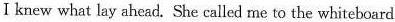
I knew what lay ahed. She called me to the whitekeard